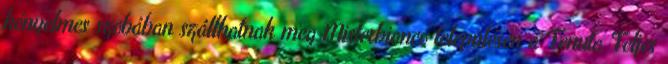
kényelmes szobában szállhatnak meg Misterbianco településen a Tenuta Teljes